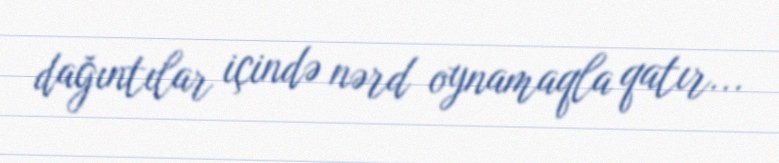
dağıntılar içində nərd oynamaqla qatır...